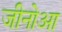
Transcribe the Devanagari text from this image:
जीनोआ